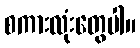
စကားလုံးတွေပါ။